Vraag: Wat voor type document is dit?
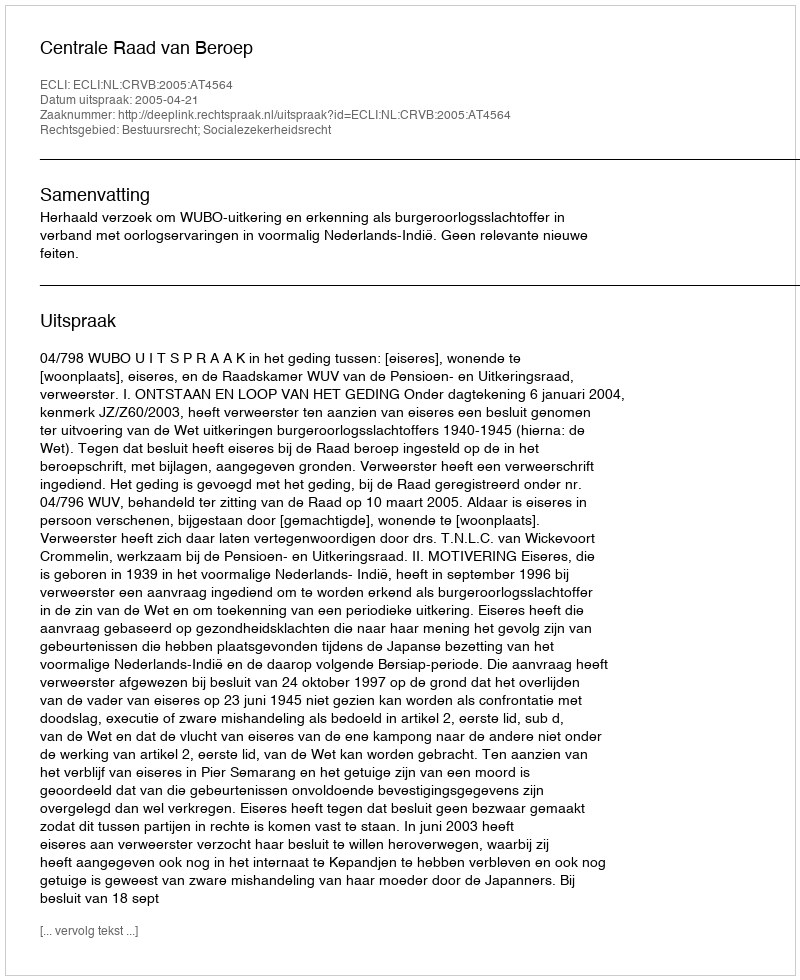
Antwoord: Uitspraak